Bombay plague: being a history of the progress of plague in the Bombay presidency from September 1896 to June 1899
Year: 1896
Disease focus: Plague
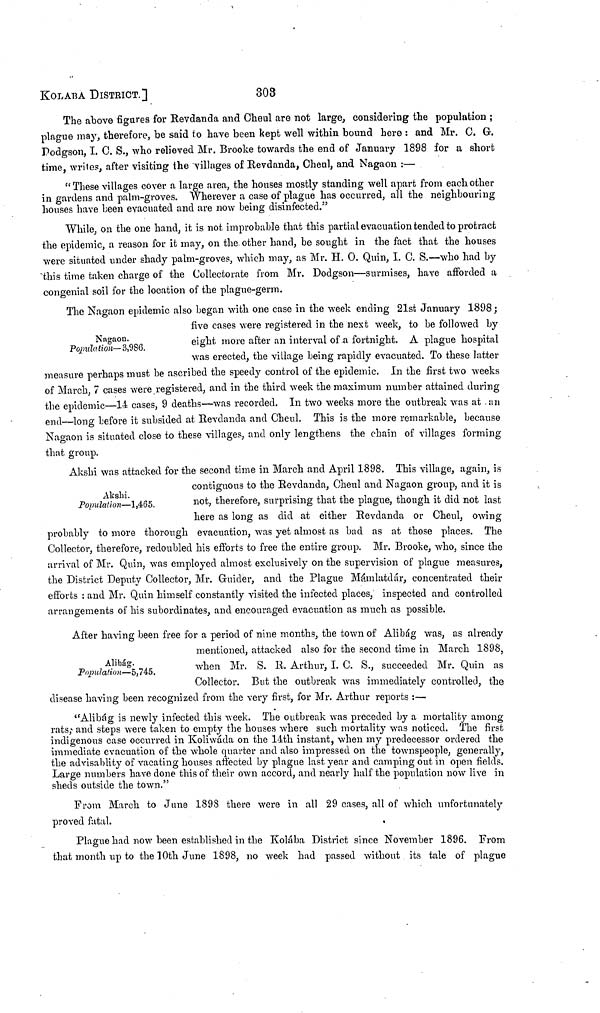
KOLABA DISTRICT.]
303
The above figures for Revdanda and Cheul are not large, considering the population ;
plague may, therefore, be said to have been kept well within bound here : and Mr. C. G.
Dodgson, I. C. S., who relieved Mr. Brooke towards the end of January 1898 for a short
time, writes, after visiting the villages of Revdanda, Cheul, and Nagaon :—
"These villages cover a large area, the houses mostly standing well apart from each other
in gardens and palm-groves. Wherever a case of plague has occurred, all the neighbouring
houses have been evacuated and are now being disinfected."
While, on the one hand, it is not improbable that this partial evacuation tended to protract
the epidemic, a reason for it may, on the other hand, be sought in the fact that the houses
were situated under shady palm-groves, which may, as Mr. H. O. Quin, I. C. S.—who had by
this time taken charge of the Collectorate from Mr. Dodgson—surmises, have afforded a
congenial soil for the location of the plague-germ.
Nagaon.
Population—3,986.
The Nagaon epidemic also began with one case in the week ending 21st January 1898;
five cases were registered in the nest week, to be followed by
eight more after an interval of a fortnight. A plague hospital
was erected, the village being rapidly evacuated. To these latter
measure perhaps must be ascribed the speedy control of the epidemic. In the first two weeks
of March, 7 cases were registered, and in the third week the maximum number attained during
the epidemic—14 cases, 9 deaths—was recorded. In two weeks more the outbreak was at . an
end—long before it subsided at Revdanda and Cheul. This is the more remarkable, because
Nagaon is situated close to these villages, and only lengthens the chain of villages forming
that group.
Akshi.
Population—1,465.
Akshi was attacked for the second time in March and April 1898. This village, again, is
contiguous to the Revdanda, Cheul and Nagaon group, and it is
not, therefore, surprising that the plague, though it did not last
here as long as did at either Revdanda or Cheul, owing
probably to more thorough evacuation, was yet almost as bad as at those places. The
Collector, therefore, redoubled his efforts to free the entire group. Mr. Brooke, who, since the
arrival of Mr. Quin, was employed almost exclusively on the supervision of plague measures,
the District Deputy Collector, Mr. Guider, and the Plague Mámlatdár, concentrated their
efforts : and Mr. Quin himself constantly visited the infected places, inspected and controlled
arrangements of his subordinates, and encouraged evacuation as much as possible.
Alibág.
Population—5,745.
After having been free for a period of nine months, the town of Alibág was, as already
mentioned, attacked also for the second time in March 1898,
when Mr. S. R. Arthur, I. C. S., succeeded Mr. Quin as
Collector. But the outbreak was immediately controlled, the
disease having been recognized from the very first, for Mr. Arthur reports :—
"Alibág is newly infected this week. The outbreak was preceded by a mortality among
rats; and steps were taken to empty the houses where such mortality was noticed. The first
indigenous case occurred in Koliwáda on the 14th instant, when my predecessor ordered the
immediate evacuation of the whole quarter and also impressed on the townspeople, generally,
the advisablity of vacating houses affected by plague last year and camping out in open fields.
Large numbers have done this of their own accord, and nearly half the population now live in
sheds outside the town."
From March to June 1898 there were in all 29 cases, all of which unfortunately
proved fatal.
.
Plague had now been established in the Kolába District since November 1896. From
that month up to the 10th June 1898, no week had passed without its tale of plague